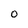
Character: O